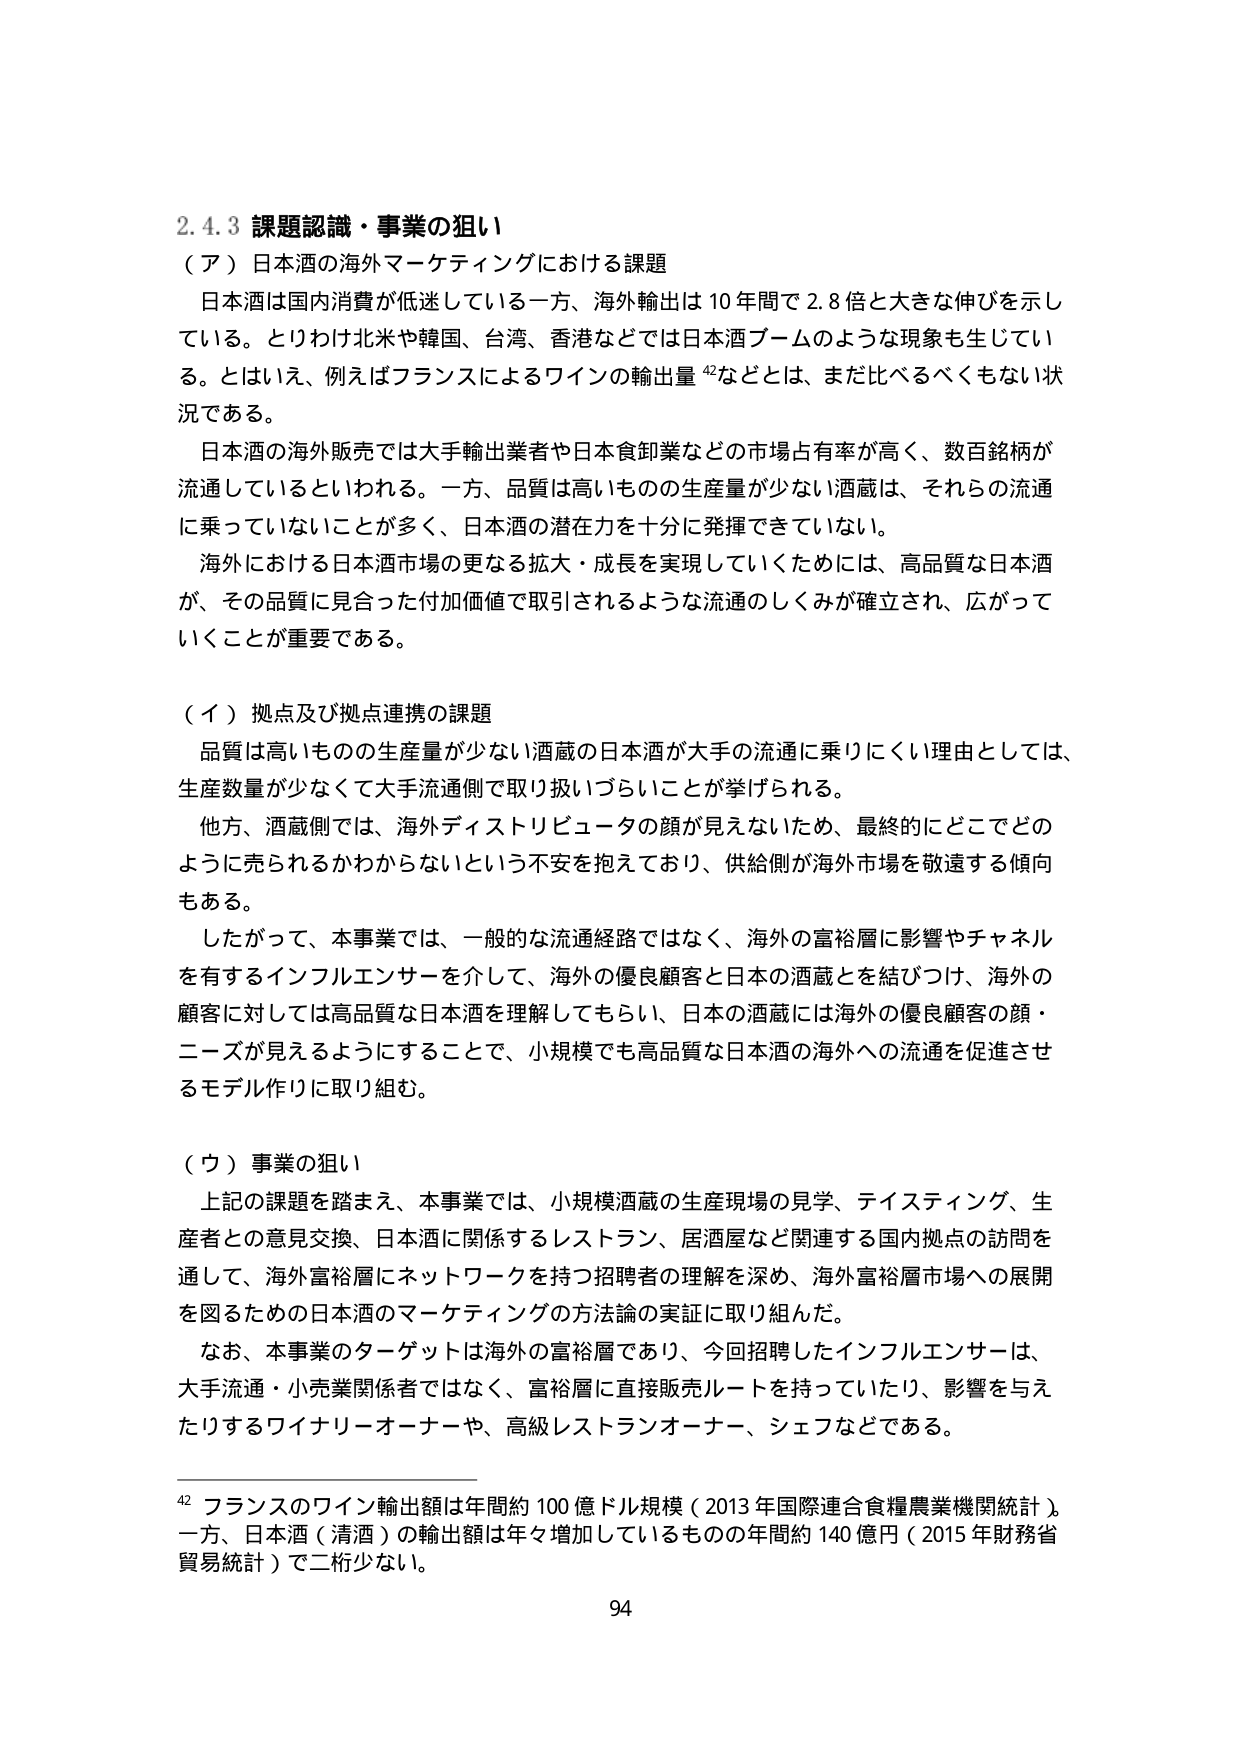
2.4.3 課題認識・事業の狙い
（ア）日本酒の海外マーケティングにおける課題
日本酒は国内消費が低迷している一方、海外輸出は10年間で2.8倍と大きな伸びを示している。とりわけ北米や韓国、台湾、香港などでは日本酒ブームのような現象も生じている。とはいえ、例えばフランスによるワインの輸出量⁴²などとは、まだ比べるべきもない状況である。
日本酒の海外販売では大手輸出業者や日本食卸業などの市場占有率が高く、数百銘柄が流通しているといわれる。一方、品質は高いものの生産量が少ない酒蔵は、それらの流通に乗っていないことが多く、日本酒の潜在力を十分に発揮できていない。
海外における日本酒市場の更なる拡大・成長を実現していくためには、高品質な日本酒が、その品質に見合った付加価値で取引されるような流通のしくみが確立され、広がっていくことが重要である。

（イ）拠点及び拠点連携の課題
品質は高いものの生産量が少ない酒蔵の日本酒が大手の流通に乗りにくい理由としては、生産数量が少なくて大手流通側で取り扱いづらいことが挙げられる。
他方、酒蔵側では、海外ディストリビューターの顔が見えないため、最終的にどこでどのように売られるかわからないという不安を抱えており、供給側が海外市場を敬遠する傾向もある。
したがって、本事業では、一般的な流通経路ではなく、海外の富裕層に影響やチャネルを有するインフルエンサーを介して、海外の優良顧客と日本の酒蔵とを結びつけ、海外の顧客に対しては高品質な日本酒を理解してもらい、日本の酒蔵には海外の優良顧客の顔・ニーズが見えるようにすることで、小規模でも高品質な日本酒の海外への流通を促進させるモデル作りに取り組む。

（ウ）事業の狙い
上記の課題を踏まえ、本事業では、小規模酒蔵の生産現場の見学、テイスティング、生産者との意見交換、日本酒に関係するレストラン、居酒屋など関連する国内拠点の訪問を通して、海外富裕層にネットワークを持つ招聘者の理解を深め、海外富裕層市場への展開を図るための日本酒のマーケティングの方法論の実証に取り組んだ。
なお、本事業のターゲットは海外の富裕層であり、今回招聘したインフルエンサーは、大手流通・小売業関係者ではなく、富裕層に直接販売ルートを持っていたり、影響を与えたりするワイナリーオーナーや、高級レストランオーナー、シェフなどである。

⁴² フランスのワイン輸出額は年間約100億ドル規模（2013年国際連合食糧農業機関統計）。一方、日本酒（清酒）の輸出額は年々増加しているものの年間約140億円（2015年財務省貿易統計）で二桁少ない。

94